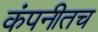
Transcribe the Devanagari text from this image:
कंपनीतच